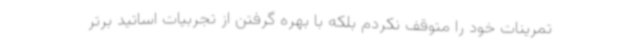
تمرینات خود را متوقف نکردم بلکه با بهره گرفتن از تجربیات اساتید برتر